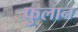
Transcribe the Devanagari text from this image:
फुलान